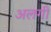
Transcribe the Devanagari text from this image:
अलगी